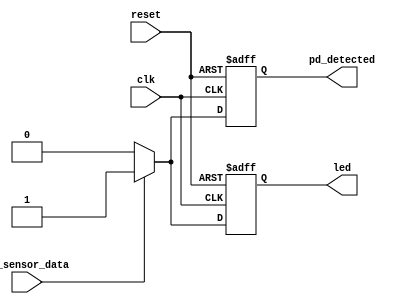
module photodiode (
  input clk,
  input reset,
  input pd_sensor_data,
  output reg pd_detected,
  output reg led
  );


  always @(posedge clk or posedge reset) begin
    if (reset==1) begin
      pd_detected <= 0;
		led <= 0;
    end
    else begin
      if (pd_sensor_data==1) begin
        pd_detected <= 1;
		  led <= 1;
    end
	 else begin
		  pd_detected<=0;
		 led<=0;
	 end
	 end
  end
  

endmodule